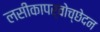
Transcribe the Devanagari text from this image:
लसीकापर्वोच्छेदन